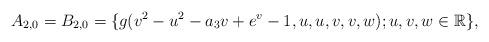
LaTeX: \begin{align*} A_{2,0}=B_{2,0}=\{g(v^{2}-u^{2}-a_{3}v+e^{v}-1,u,u,v,v,w); u, v, w \in \mathbb R\}, \end{align*}